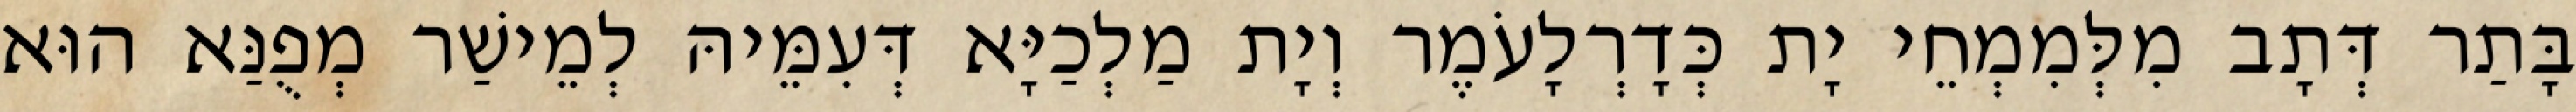
בָּתַר דְּתָב מִלְּמִמְחֵי יָת כְּדָרְלָעֹמֶר וְיָת מַלְכַיָּא דְּעִמֵּיהּ לְמֵישַׁר מְפֻנַּא הוּא